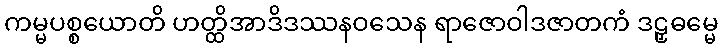
ကမ္မပစ္စယောတိ ဟတ္ထိအာဒိဒဿနဝသေန ရာဇောဝါဒဇာတကံ ဒဠှဓမ္မေ